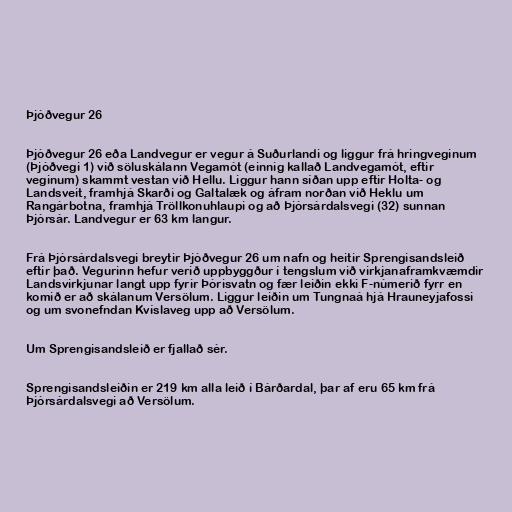
Þjóðvegur 26

Þjóðvegur 26 eða Landvegur er vegur á Suðurlandi og liggur frá hringveginum
(Þjóðvegi 1) við söluskálann Vegamót (einnig kallað Landvegamót, eftir
veginum) skammt vestan við Hellu. Liggur hann síðan upp eftir Holta- og
Landsveit, framhjá Skarði og Galtalæk og áfram norðan við Heklu um
Rangárbotna, framhjá Tröllkonuhlaupi og að Þjórsárdalsvegi (32) sunnan
Þjórsár. Landvegur er 63 km langur.

Frá Þjórsárdalsvegi breytir Þjóðvegur 26 um nafn og heitir Sprengisandsleið
eftir það. Vegurinn hefur verið uppbyggður í tengslum við virkjanaframkvæmdir
Landsvirkjunar langt upp fyrir Þórisvatn og fær leiðin ekki F-númerið fyrr en
komið er að skálanum Versölum. Liggur leiðin um Tungnaá hjá Hrauneyjafossi
og um svonefndan Kvíslaveg upp að Versölum.

Um Sprengisandsleið er fjallað sér.

Sprengisandsleiðin er 219 km alla leið í Bárðardal, þar af eru 65 km frá
Þjórsárdalsvegi að Versölum.